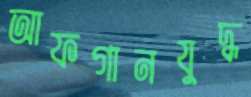
আফগানযুদ্ধ